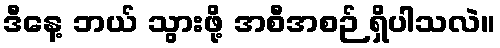
ဒီနေ့ ဘယ် သွားဖို့ အစီအစဉ် ရှိပါသလဲ။